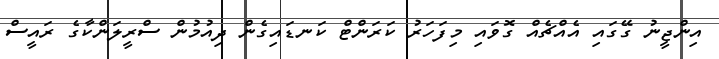
އިންޖީނު ގޭގައި އެއްޗެއް ގޮވައި މިފަހަރު ކަރަންޓް ކަނޑައިގެން ދިއުމުން ސްރީލަންކާގެ ރައީސް